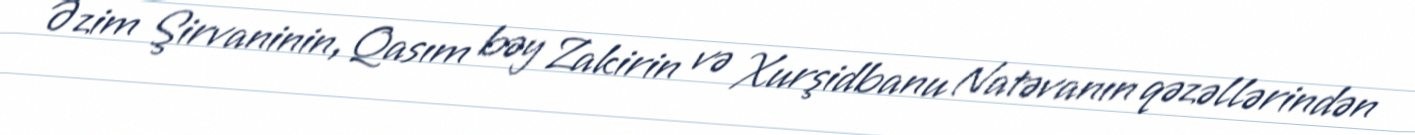
Əzim Şirvaninin, Qasım bəy Zakirin və Xurşidbanu Natəvanın qəzəllərindən